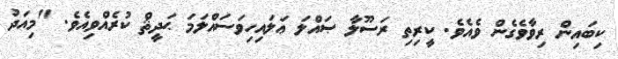
ކިބައިން ރިވާވެގެން ވެއެވެ. ކީރިތި ރަސޫލާ ޞައްލަ ޢަލައިހިވަސައްލަމަ ޙަދީޘް ކުރެއްވިއެވެ. "މިއަދު